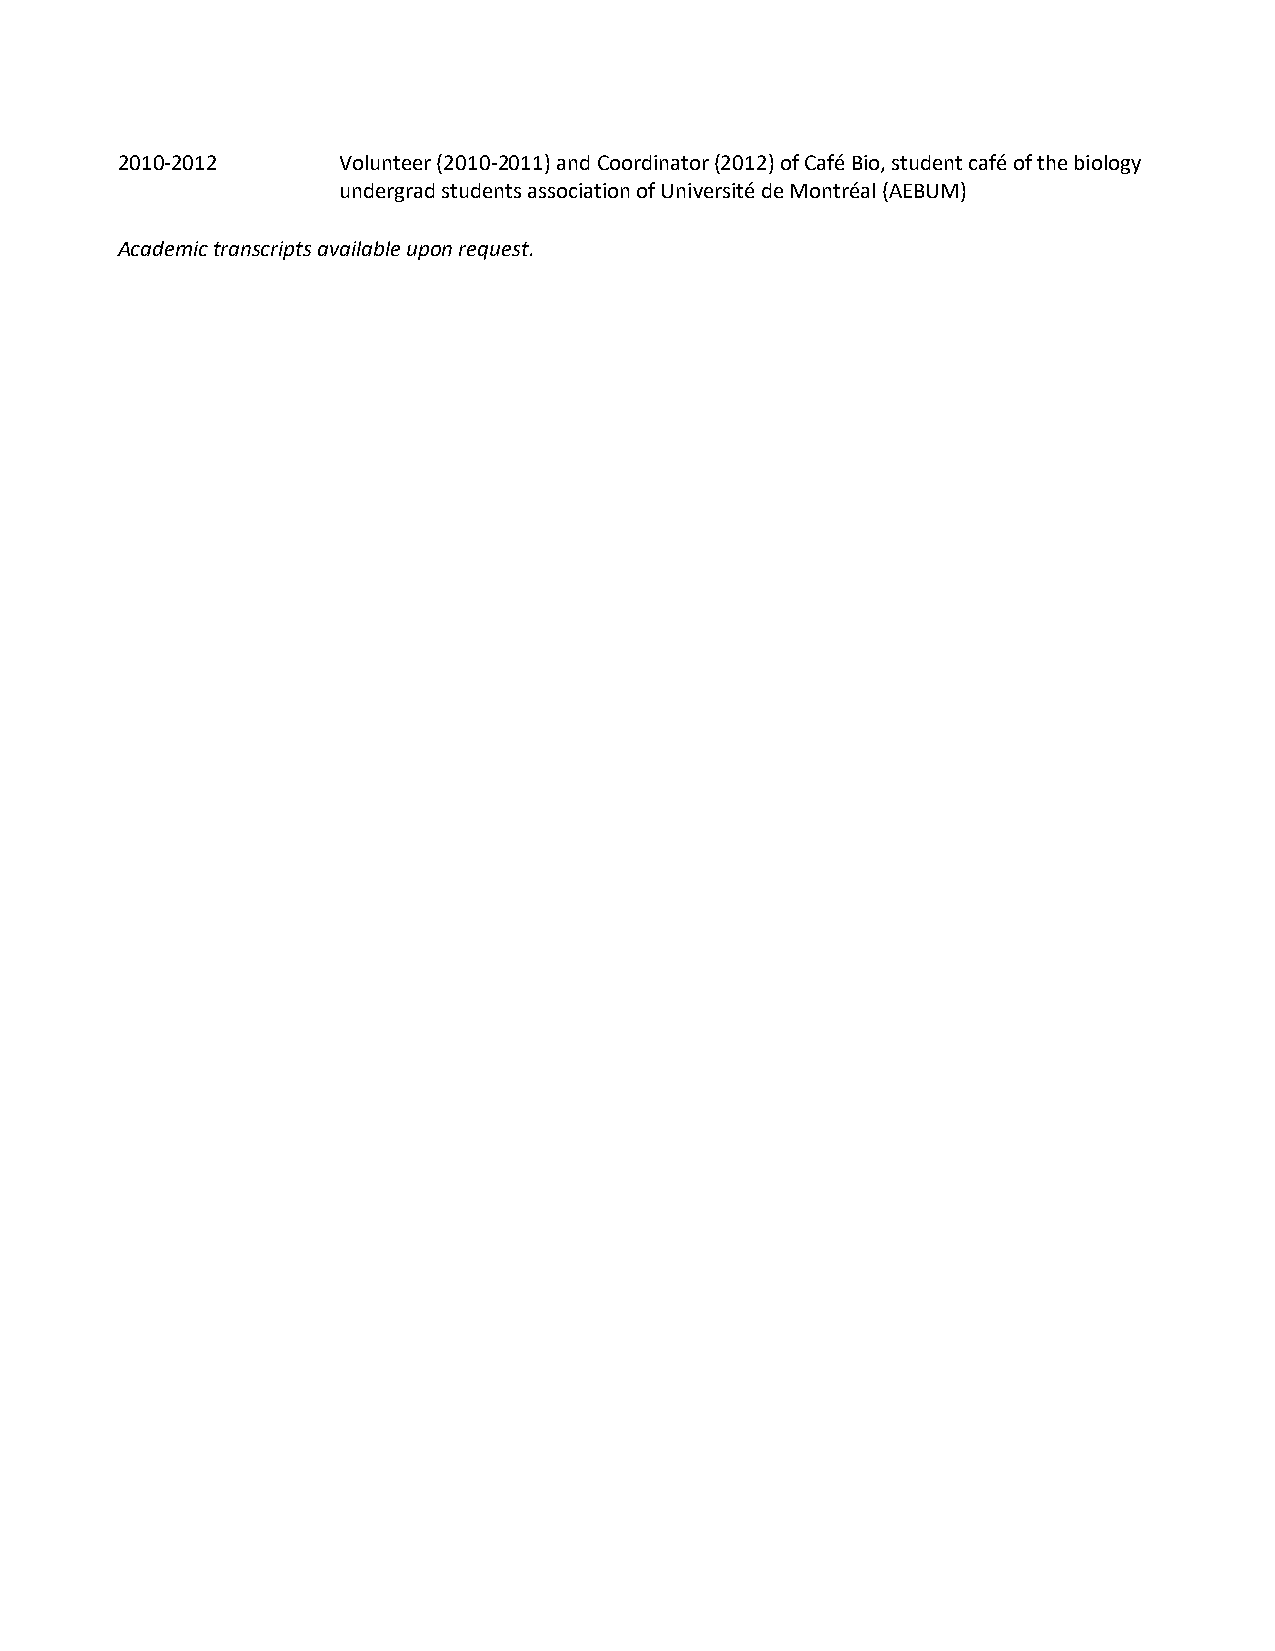
2010-2012     Volunteer (2010-2011) and Coordinator (2012) of Café Bio, student café of the biology
 undergrad students association of Université de Montréal (AEBUM)
 Academic transcripts available upon request.